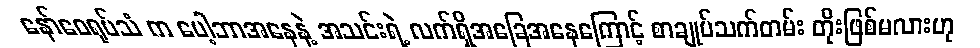
နော်ဝေရုပ်သံ က ပေါ့ဘာအနေနဲ့ အသင်းရဲ့ လက်ရှိအခြေအနေကြောင့် စာချုပ်သက်တမ်း တိုးဖြစ်မလားဟု